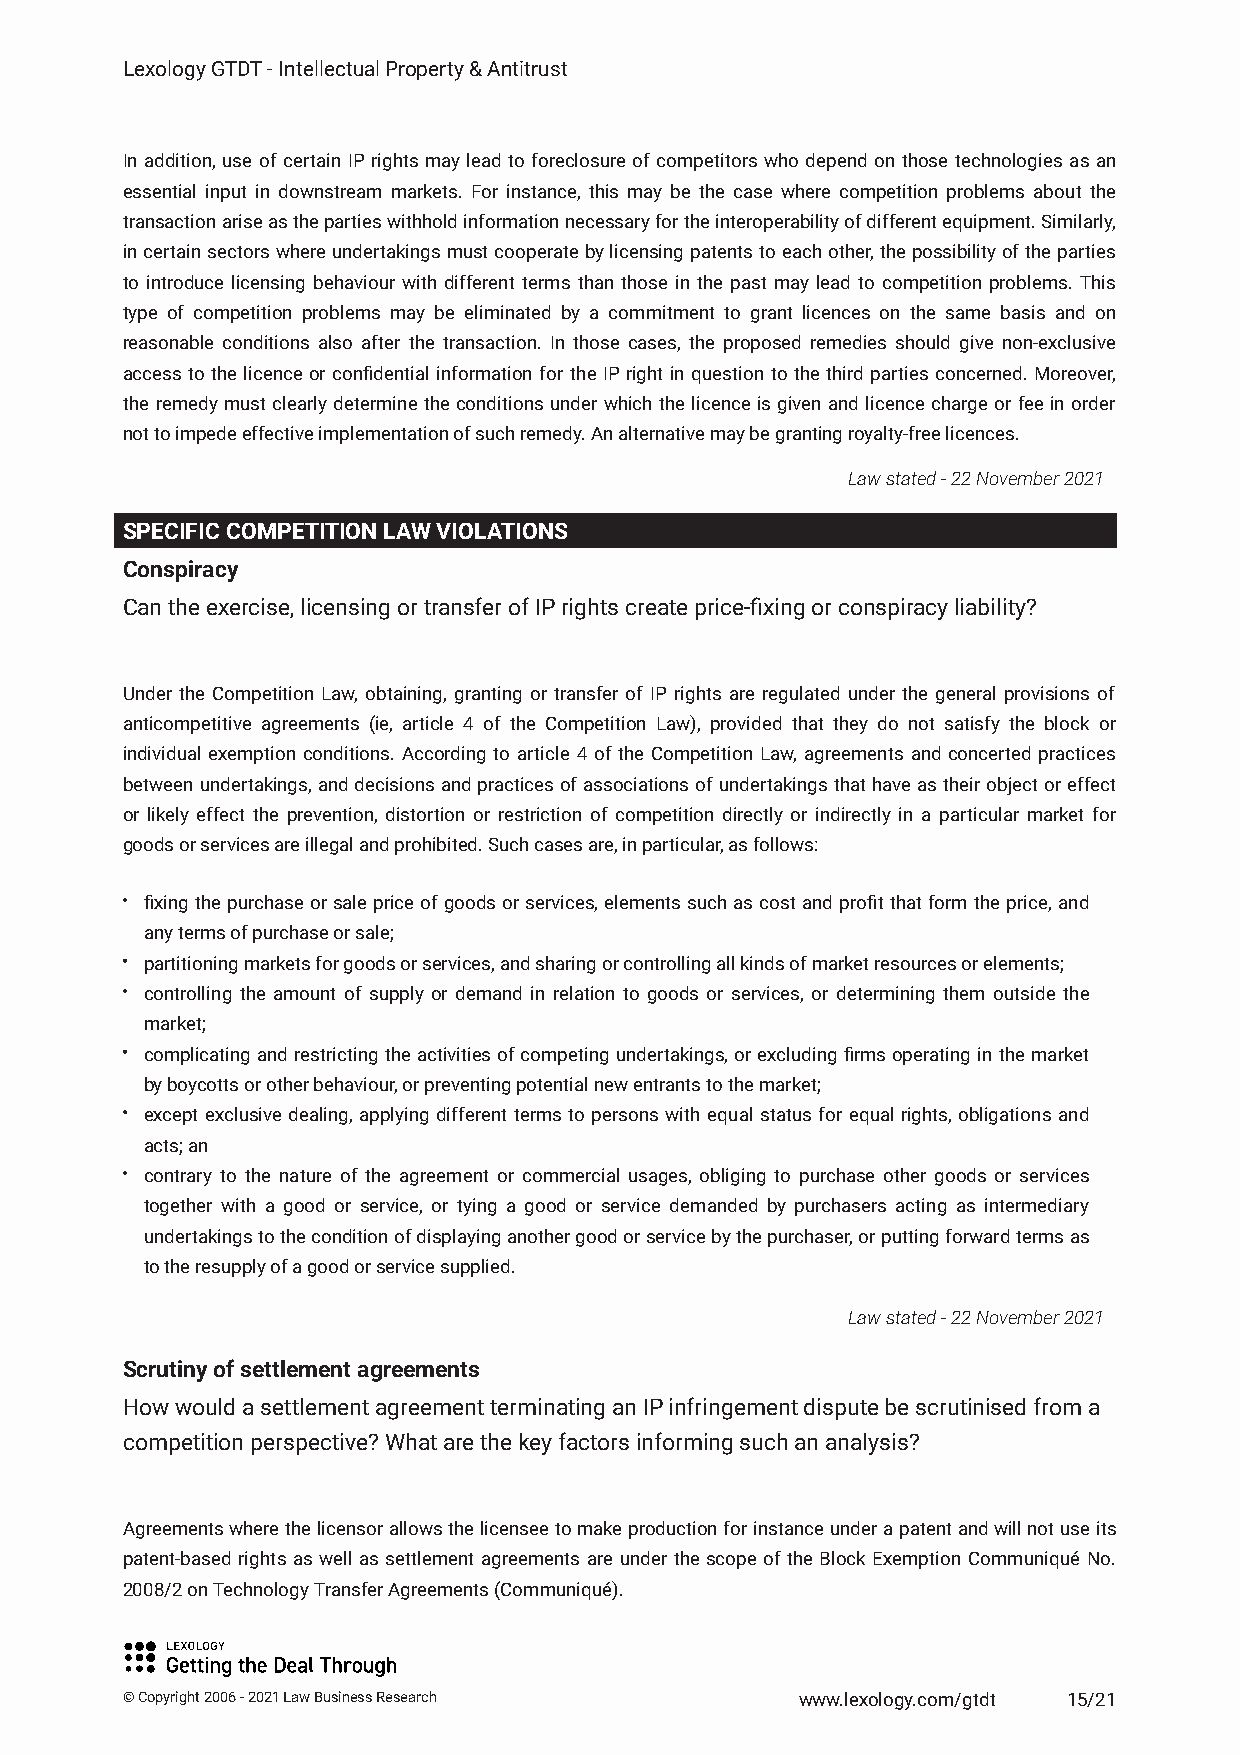
Lexology GTDT - Intellectual Property & Antitrust
 In addition, use of certain IP rights may lead to foreclosure of competitors who depend on those technologies as an
 essential input in downstream markets. For instance, this may be the case where competition problems about the
 transactionariseasthepartieswithholdinformationnecessaryfortheinteroperabilityofdifferentequipment.Similarly,
 incertainsectorswhereundertakingsmustcooperatebylicensingpatentstoeachother,thepossibilityoftheparties
 to introduce licensing behaviour with different terms than those in the past may lead to competition problems. This
 type of competition problems may be eliminated by a commitment to grant licences on the same basis and on
 reasonable conditions also after the transaction. In those cases, the proposed remedies should give non-exclusive
 access to the licence or confidential information for the IP right in question to the third parties concerned. Moreover,
 the remedy must clearly determine the conditions under which the licence is given and licence charge or fee in order
 not to impede effective implementation of such remedy. An alternative may be granting royalty-free licences.
 Law stated - 22 November 2021
 SPECIFIC COMPETITION LAW VIOLATIONS
 Conspiracy
 Can the exercise, licensing or transfer of IP rights create price-fixing or conspiracy liability?
 Under the Competition Law, obtaining, granting or transfer of IP rights are regulated under the general provisions of
 anticompetitive agreements (ie, article 4 of the Competition Law), provided that they do not satisfy the block or
 individual exemption conditions. According to article 4 of the Competition Law, agreements and concerted practices
 betweenundertakings,anddecisionsandpracticesofassociationsofundertakingsthathaveastheirobjectoreffect
 or likely effect the prevention, distortion or restriction of competition directly or indirectly in a particular market for
 goods or services are illegal and prohibited. Such cases are, in particular, as follows:
 fixingthepurchaseorsalepriceofgoodsorservices,elementssuchascostandprofitthatformtheprice,and
 any terms of purchase or sale;
 partitioning markets for goods or services, and sharing or controlling all kinds of market resources or elements;
 controlling the amount of supply or demand in relation to goods or services, or determining them outside the
 market;
 complicatingandrestrictingtheactivitiesofcompetingundertakings,orexcludingfirmsoperatinginthemarket
 by boycotts or other behaviour, or preventing potential new entrants to the market;
 except exclusive dealing, applying different terms to persons with equal status for equal rights, obligations and
 acts; an
 contrary to the nature of the agreement or commercial usages, obliging to purchase other goods or services
 together with a good or service, or tying a good or service demanded by purchasers acting as intermediary
 undertakingstotheconditionofdisplayinganothergoodorservicebythepurchaser,orputtingforwardtermsas
 to the resupply of a good or service supplied.
 Law stated - 22 November 2021
 Scrutiny of settlement agreements
 How would a settlement agreement terminating an IP infringement dispute be scrutinised from a
 competition perspective? What are the key factors informing such an analysis?
 Agreementswherethelicensorallowsthelicenseetomakeproductionforinstanceunderapatentandwillnotuseits
 patent-based rights as well as settlement agreements are under the scope of the Block Exemption Communiqué No.
 2008/2 on Technology Transfer Agreements (Communiqué).
 © Copyright 2006 - 2021 Law Business Research www.lexology.com/gtdt 15/21